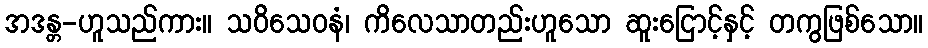
အဒန္တ-ဟူသည်ကား။ သဝိသေဝနံ၊ ကိလေသာတည်းဟူသော ဆူးငြောင့်နှင့် တကွဖြစ်သော။